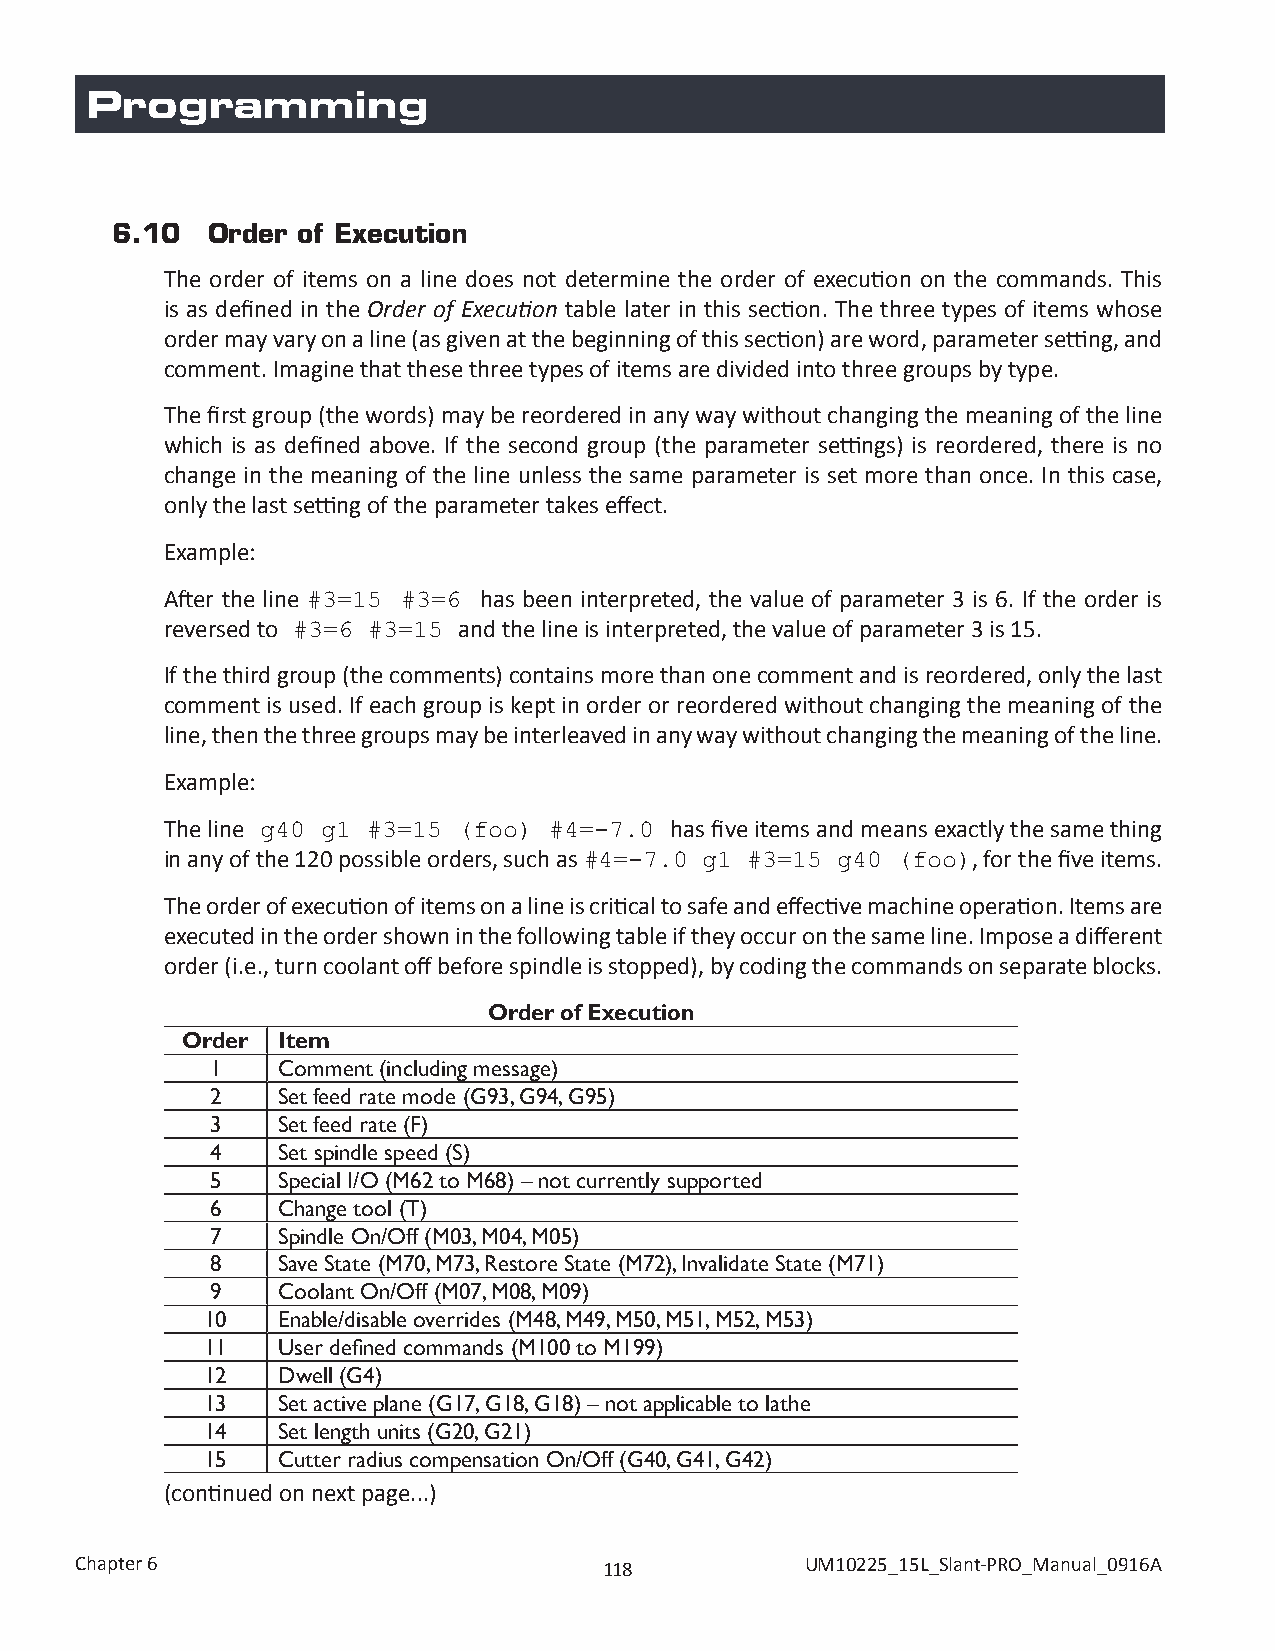
Programming
 6.10   Order of Execution
 The order of items on a line does not determine the order of execution on the commands. This
 is as defined in the Order of Execution table later in this section. The three types of items whose
 order may vary on a line (as given at the beginning of this section) are word, parameter setting, and
 comment. Imagine that these three types of items are divided into three groups by type.
 The first group (the words) may be reordered in any way without changing the meaning of the line
 which is as defined above. If the second group (the parameter settings) is reordered, there is no
 change in the meaning of the line unless the same parameter is set more than once. In this case,
 only the last setting of the parameter takes effect.
 Example:
 After the line       has been interpreted, the value of parameter 3 is 6. If the order is
 #3=15  #3=6
 reversed to        and the line is interpreted, the value of parameter 3 is 15.
 #3=6 #3=15
 If the third group (the comments) contains more than one comment and is reordered, only the last
 comment is used. If each group is kept in order or reordered without changing the meaning of the
 line, then the three groups may be interleaved in any way without changing the meaning of the line.
 Example:
 The line                         has five items and means exactly the same thing
 g40 g1 #3=15 (foo) #4=-7.0
 in any of the 120 possible orders, such as           , for the five items.
 #4=-7.0 g1 #3=15 g40 (foo)
 The order of execution of items on a line is critical to safe and effective machine operation. Items are
 executed in the order shown in the following table if they occur on the same line. Impose a different
 order (i.e., turn coolant off before spindle is stopped), by coding the commands on separate blocks.
 Order of Execution
 Order Item
 1   Comment (including message)
 2   Set feed rate mode (G93, G94, G95)
 3   Set feed rate (F)
 4   Set spindle speed (S)
 5   Special I/O (M62 to M68) – not currently supported
 6   Change tool (T)
 7   Spindle On/Off (M03, M04, M05)
 8   Save State (M70, M73, Restore State (M72), Invalidate State (M71)
 9   Coolant On/Off (M07, M08, M09)
 10   Enable/disable overrides (M48, M49, M50, M51, M52, M53)
 11   User defined commands (M100 to M199)
 12   Dwell (G4)
 13   Set active plane (G17, G18, G18) – not applicable to lathe
 14   Set length units (G20, G21)
 15   Cutter radius compensation On/Off (G40, G41, G42)
 (continued on next page...)
 Chapter 6                          118          UM10225_15L_Slant-PRO_Manual_0916A